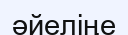
әйеліңе